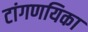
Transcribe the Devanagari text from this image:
टांगणयिका